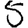
Digit: 5